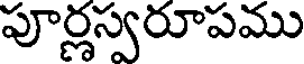
పూర్లస్వరూపము